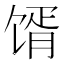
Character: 𩠋